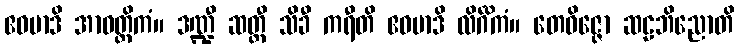
ဧဝမာဒိ အာဝတ္ထိကံ။ ဒဏ္ဍီ ဆတ္တီ သိခီ ကရီတိ ဧဝမာဒိ လိင်္ဂိကံ။ တေဝိဇ္ဇော ဆဠဘိညောတိ